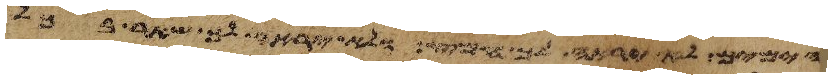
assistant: הימים לא יראה לך חמץ ולא יראה לך שאר בכל